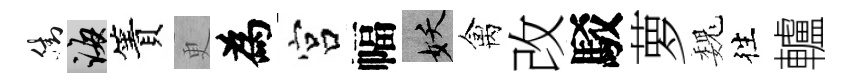
街誨簀更為宫幅妖禽改駁萝巍徃轤